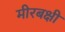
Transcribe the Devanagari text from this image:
मीरबक्षी